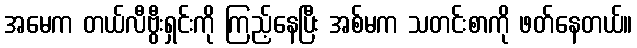
အမေက တယ်လီဗွီးရှင်းကို ကြည့်နေပြီး အစ်မက သတင်းစာကို ဖတ်နေတယ်။